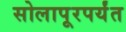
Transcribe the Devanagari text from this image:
सोलापूरपर्यंत